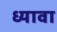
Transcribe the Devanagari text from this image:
ध्यावा